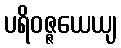
ပရိဝဇ္ဇယေယျ